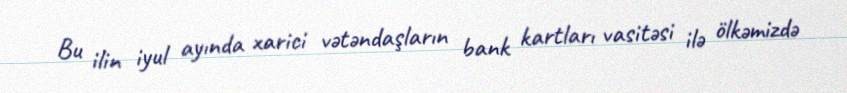
Bu ilin iyul ayında xarici vətəndaşların bank kartları vasitəsi ilə ölkəmizdə